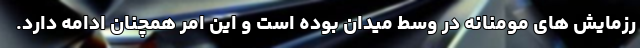
رزمایش های مومنانه در وسط میدان بوده است و این امر همچنان ادامه دارد.